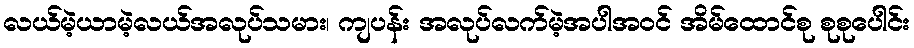
လယ်မဲ့ယာမဲ့လယ်အလုပ်သမား၊ ကျပန်း အလုပ်လက်မဲ့အပါအဝင် အိမ်ထောင်စု စုစုပေါင်း